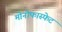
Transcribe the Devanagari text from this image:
मोनोफास्फेट